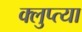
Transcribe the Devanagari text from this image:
क्लुप्त्या